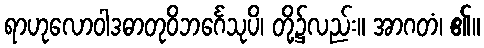
ရာဟုလောဝါဒဓာတုဝိဘင်္ဂေသုပိ၊ တို့၌လည်း။ အာဂတံ၊ ၏။